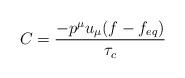
LaTeX: \begin{align*}C = {-{p^\mu u_\mu (f-f_{eq})} \over {\tau_c}}\end{align*}